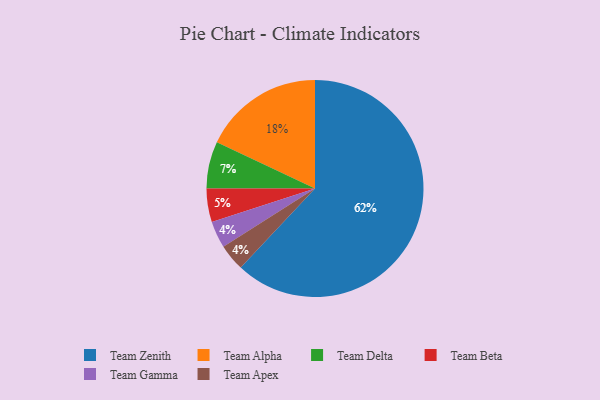
{"axis": {"x": "Category", "y": "Percentage"}, "legend": ["Team Alpha", "Team Apex", "Team Beta", "Team Delta", "Team Gamma", "Team Zenith"], "data": [{"x": "Team Delta", "y": 7, "type": "Team Delta"}, {"x": "Team Beta", "y": 5, "type": "Team Beta"}, {"x": "Team Gamma", "y": 4, "type": "Team Gamma"}, {"x": "Team Apex", "y": 4, "type": "Team Apex"}, {"x": "Team Alpha", "y": 18, "type": "Team Alpha"}, {"x": "Team Zenith", "y": 62, "type": "Team Zenith"}]}